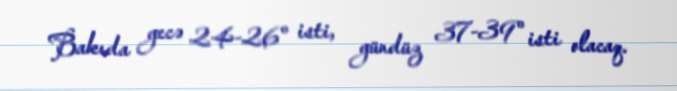
Bakıda gecə 24-26° isti, gündüz 37-39° isti olacaq.